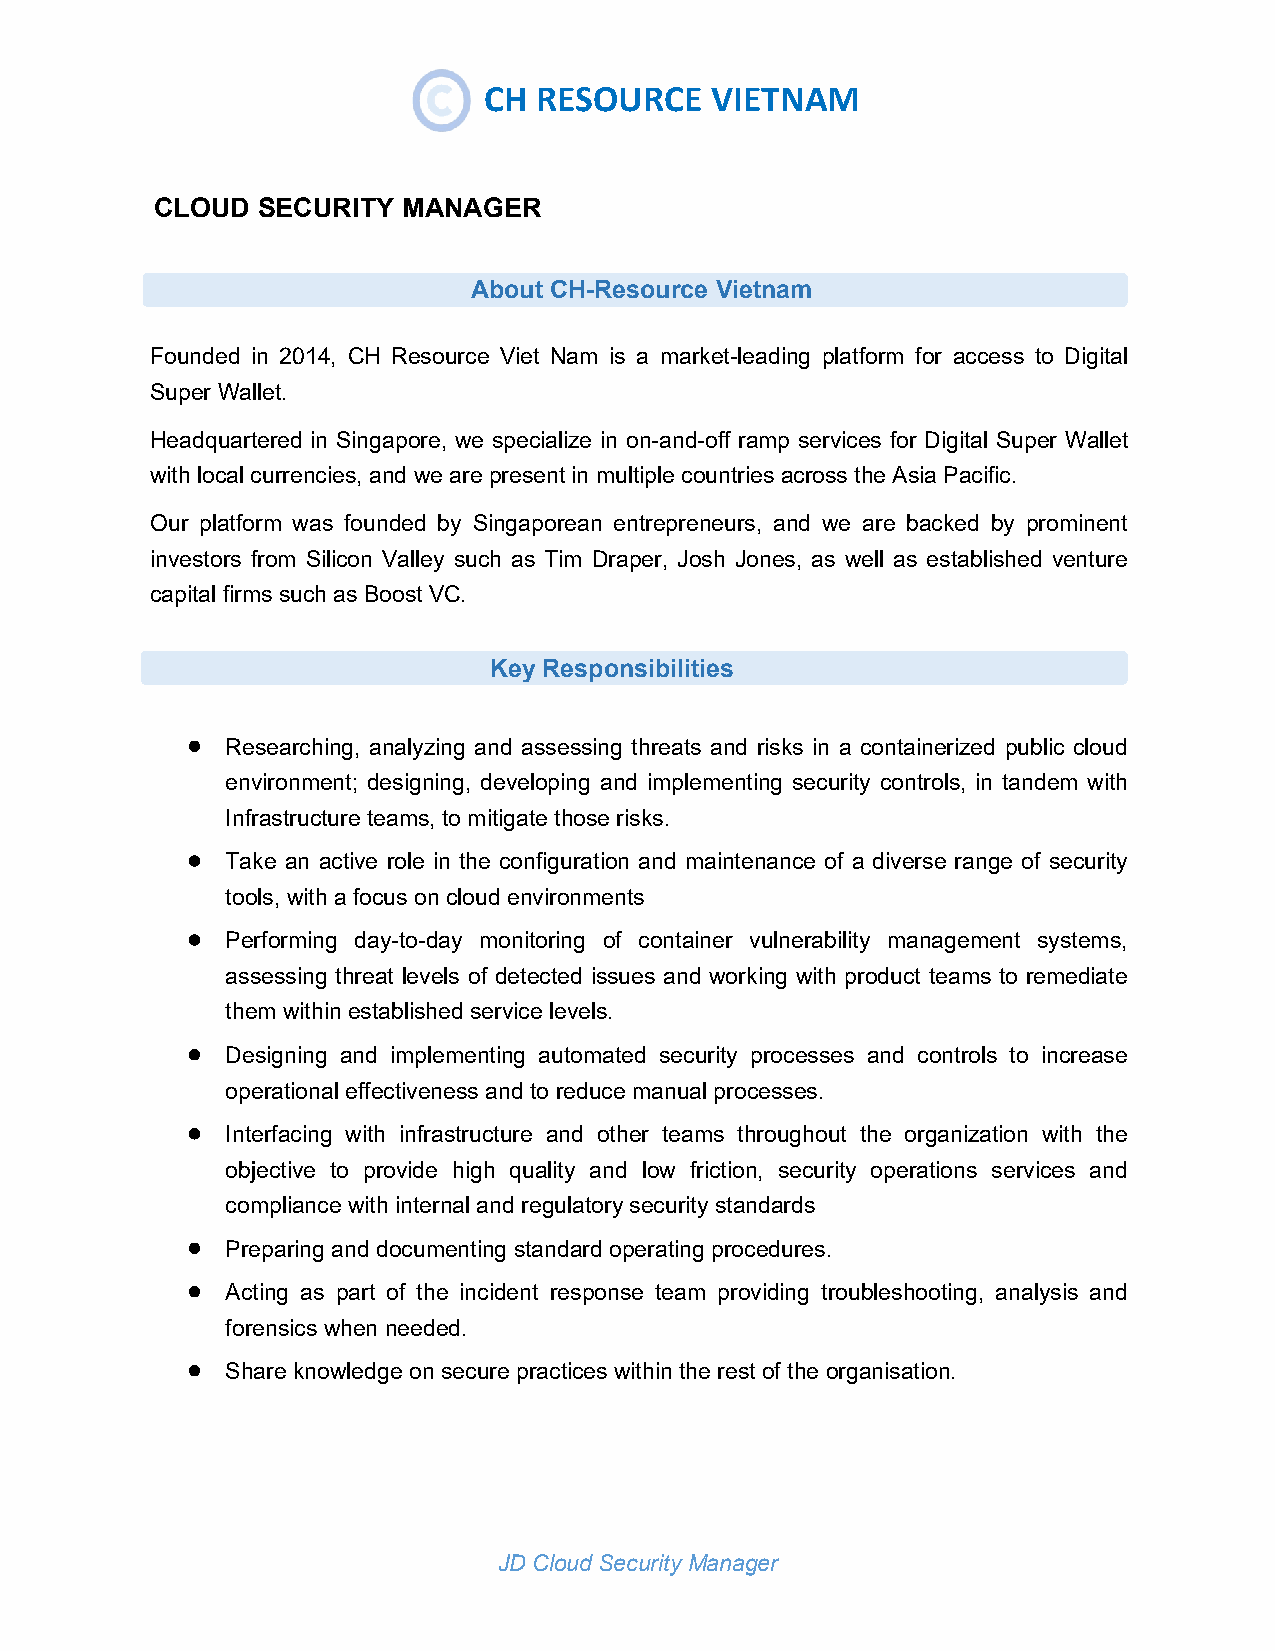
CH  RESOURCE   VIETNAM
 GRAPHIC DESIGNER
 CLOUD  SECURITY  MANAGER
 About CH-Resource Vietnam
 Founded in 2014, CH Resource Viet Nam is a market-leading platform for access to Digital
 Super Wallet.
 Headquartered in Singapore, we specialize in on-and-off ramp services for Digital Super Wallet
 withlocal currencies, and we arepresentin multiple countriesacrosstheAsia Pacific.
 Our platform was founded by Singaporean entrepreneurs, and we are backed by prominent
 investors from Silicon Valley such as Tim Draper, Josh Jones, as well as established venture
 capitalfirmssuchas BoostVC.
 Key Responsibilities
 
 Researching, analyzing and assessing threats and risks in a containerized public cloud
 environment; designing, developing and implementing security controls, in tandem with
 Infrastructureteams,tomitigate thoserisks.
 
 Take an active role in the configuration and maintenance of a diverse range of security
 tools, witha focuson cloudenvironments
 
 Performing day-to-day monitoring of container vulnerability management systems,
 assessing threat levels of detected issues and working with product teams to remediate
 them withinestablishedservice levels.
 
 Designing and implementing automated security processes and controls to increase
 operational effectiveness andtoreducemanualprocesses.
 
 Interfacing with infrastructure and other teams throughout the organization with the
 objective to provide high quality and low friction, security operations services and
 compliancewith internaland regulatorysecurity standards
 
 Preparingand documentingstandardoperating procedures.
 
 Acting as part of the incident response team providing troubleshooting, analysis and
 forensics when needed.
 
 Shareknowledgeon securepracticeswithin therestof theorganisation.
 JD CloudSecurityManager